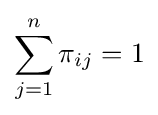
\sum _{j=1}^{n}\pi _{ij}=1